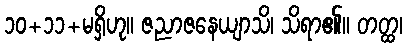
၁၀+၁၁+မရှိဟု။ ဇညာဇနေယျာသိ၊ သိရာ၏။ တတ္ထ၊